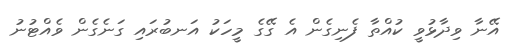
އޭނާ ވިދާޅުވީ ކުއްތާ ފެނިގެން އެ ގޭގެ މީހަކު އަނބުރައި ގަނެގެން ވެއްޓުނު